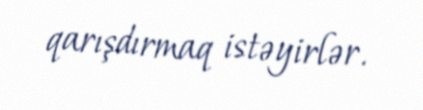
qarışdırmaq istəyirlər.